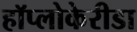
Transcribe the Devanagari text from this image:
हॉप्लोकेरीडा